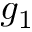
g _ { 1 }